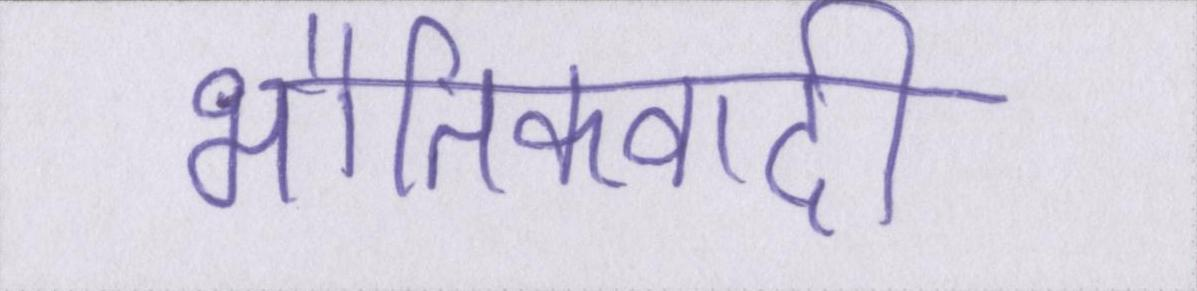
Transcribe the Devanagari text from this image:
भौतिकवादी